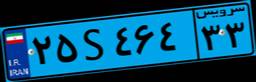
۲۵S۴۶۴۳۳